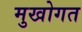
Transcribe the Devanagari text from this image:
मुखोगत